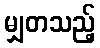
မျှတသည့်